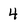
Character: 4